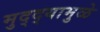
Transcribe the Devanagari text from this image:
मुद्‌द्‌यामुळे